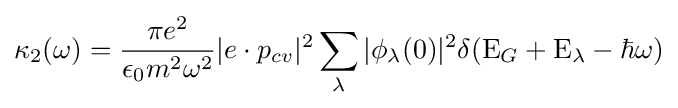
\kappa _{2}(\omega )={\pi e^{2} \over {\epsilon _{0}m^{2}\omega ^{2}}}|e\cdot p_{cv}|^{2}\sum _{\lambda }|\phi _{\lambda }(0)|^{2}\delta (\mathrm {E} _{G}+\mathrm {E} _{\lambda }-\hbar \omega )